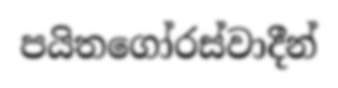
පයිතගෝරස්වාදීන්